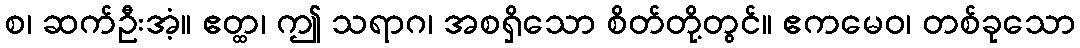
စ၊ ဆက်ဦးအံ့။ ဧတ္ထ၊ ဤ သရာဂ၊ အစရှိသော စိတ်တို့တွင်။ ဧကမေဝ၊ တစ်ခုသော